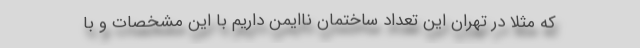
که مثلاً در تهران این تعداد ساختمان ناایمن داریم با این مشخصات و با